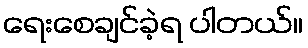
ရေးစေချင်ခဲ့ရ ပါတယ်။